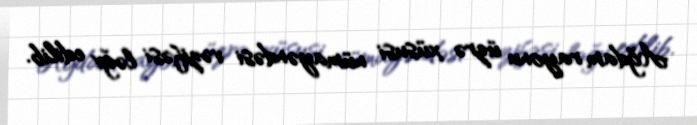
Ağdam rayonu üzrə xüsusi nümayəndəsi vəzifəsi ləğv edilib.